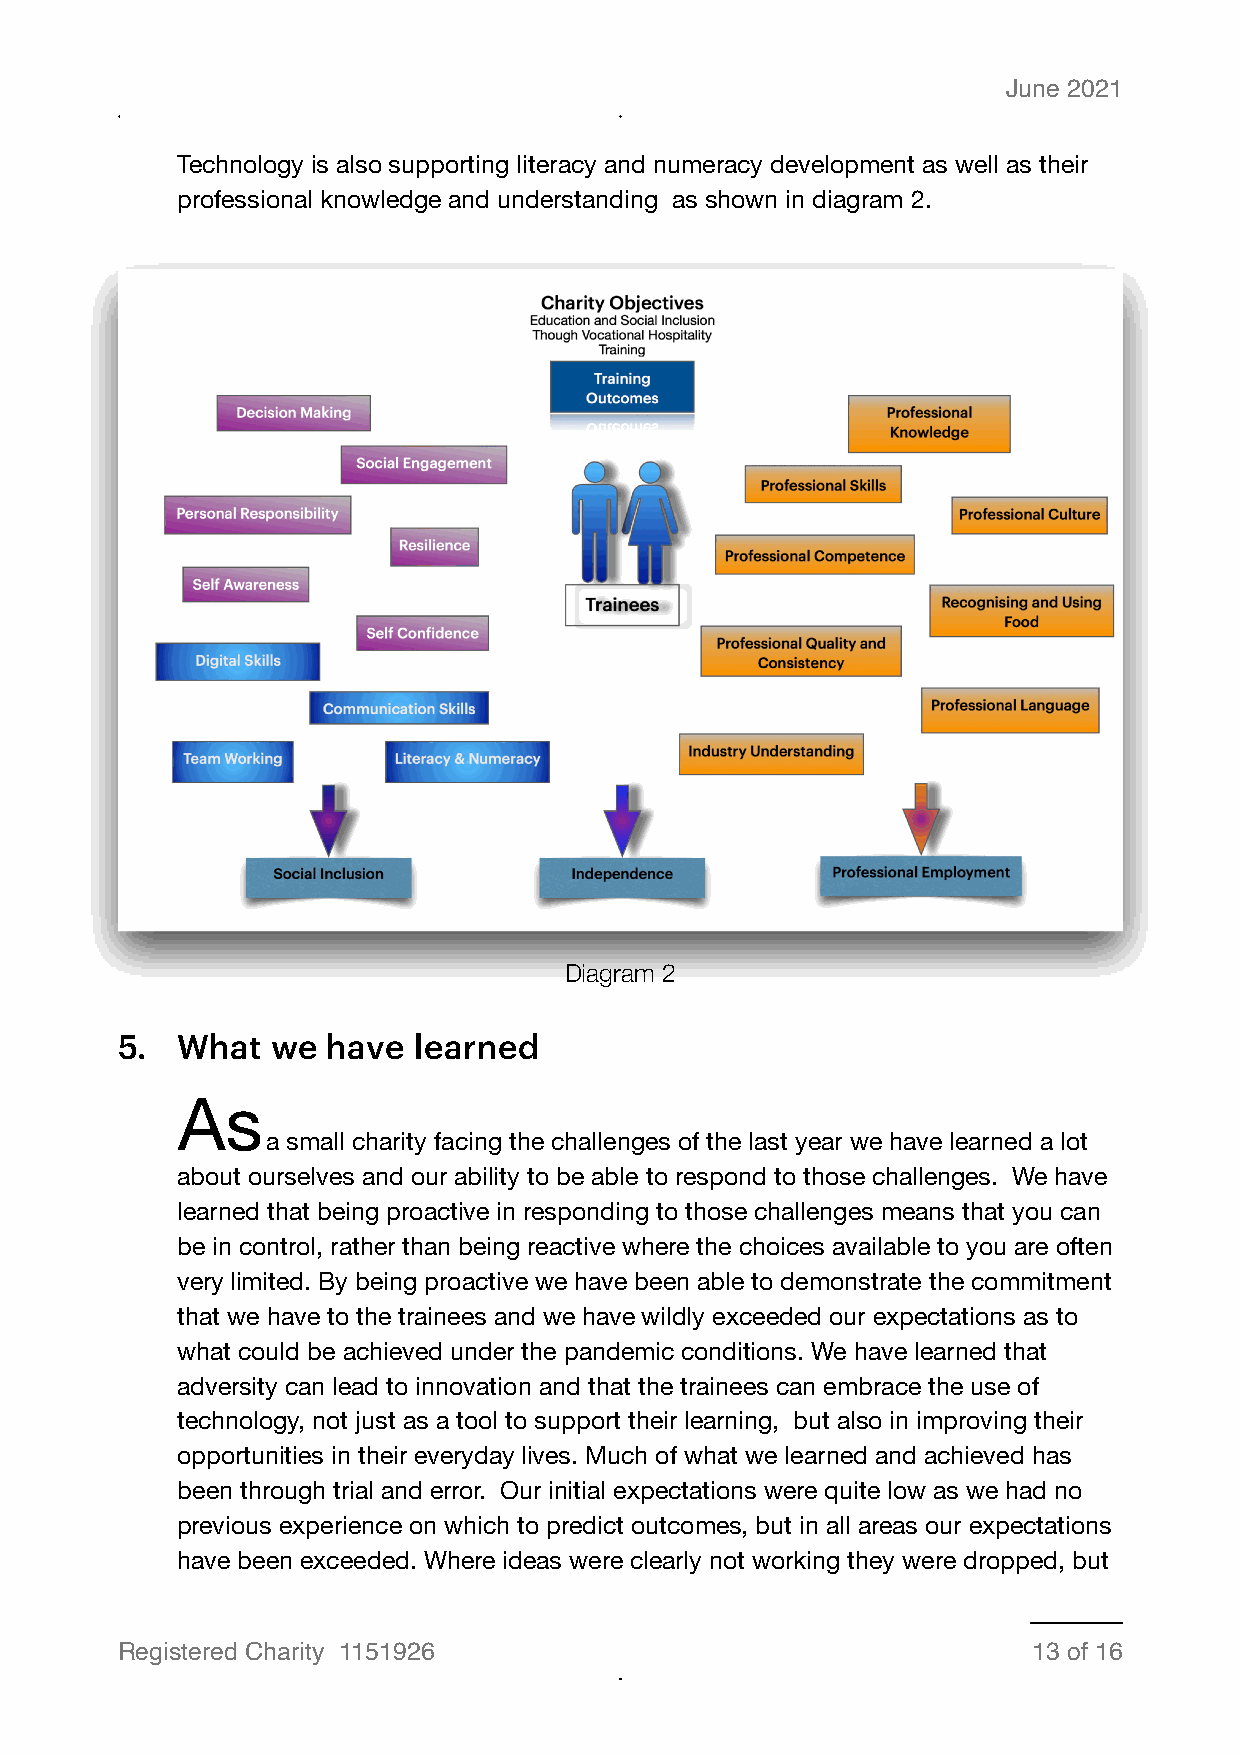
June 2021
 Technology is also supporting literacy and numeracy development as well as their
 professional knowledge and understanding as shown in diagram 2.
 Diagram 2
 5.  What  we  have learned
 As
 a small charity facing the challenges of the last year we have learned a lot
 about ourselves and our ability to be able to respond to those challenges. We have
 learned that being proactive in responding to those challenges means that you can
 be in control, rather than being reactive where the choices available to you are often
 very limited. By being proactive we have been able to demonstrate the commitment
 that we have to the trainees and we have wildly exceeded our expectations as to
 what could be achieved under the pandemic conditions. We have learned that
 adversity can lead to innovation and that the trainees can embrace the use of
 technology, not just as a tool to support their learning, but also in improving their
 opportunities in their everyday lives. Much of what we learned and achieved has
 been through trial and error. Our initial expectations were quite low as we had no
 previous experience on which to predict outcomes, but in all areas our expectations
 have been exceeded. Where ideas were clearly not working they were dropped, but
 Registered Charity 1151926                                  13 of 16